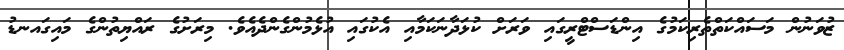
ޒުވަނުން މަސައްކަތްތެރިކަމުގެ އިންޑަސްޓްރީގައި ވަރަށް ކުޅަދާނަކަމާއި އެކުގައި އުޅެމުންގެންދެއެވެ. މިރަށުގެ ރައްޔިތުންގެ މައިގައނޑު